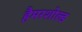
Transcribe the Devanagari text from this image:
हैमरशोल्ड